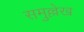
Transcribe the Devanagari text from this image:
समुल्लेख